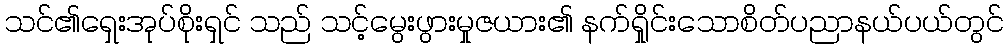
သင်၏ရှေးအုပ်စိုးရှင် သည် သင့်မွေးဖွားမှုဇယား၏ နက်ရှိုင်းသောစိတ်ပညာနယ်ပယ်တွင်